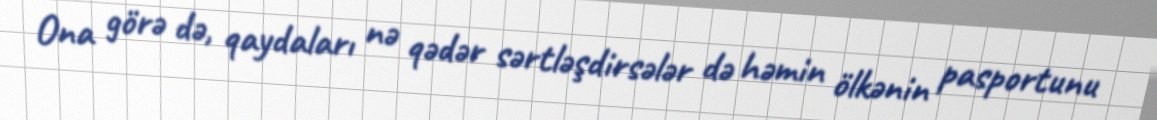
Ona görə də, qaydaları nə qədər sərtləşdirsələr də həmin ölkənin pasportunu